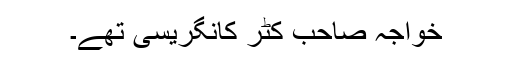
خواجہ صاحب کٹر کانگریسی تھے۔